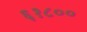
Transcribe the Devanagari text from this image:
६१८००